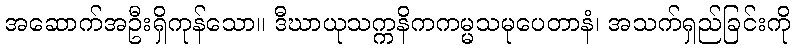
အဆောက်အဦးရှိကုန်သော။ ဒီဃာယုသက္ကနိကကမ္မသမုပေတာနံ၊ အသက်ရှည်ခြင်းကို